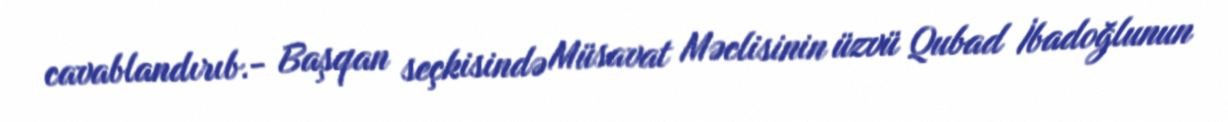
cavablandırıb.- Başqan seçkisində Müsavat Məclisinin üzvü Qubad İbadoğlunun